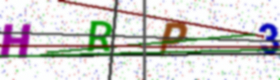
Text: HRP3